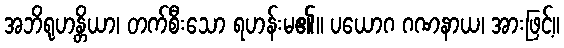
အဘိရုဟန္တိယာ၊ တက်စီးသော ရဟန်းမ၏။ ပယောဂ ဂဏနာယ၊ အားဖြင့်။